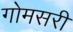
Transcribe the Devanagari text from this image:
गोमसरी